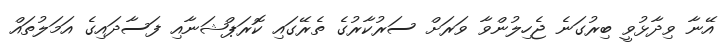
އޭނާ ވިދާޅުވީ ބިރުގަނެ ޖެހިލުންވާ ވަރަށް ސަރުކާރުގެ ތެރޭގައި ކޮރަޕްޝަނާއި ފަސާދައިގެ އަމަލުތައް